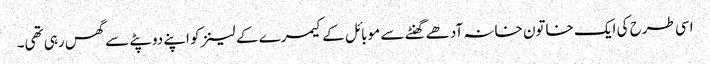
اسی طرح کی ایک خاتون خانہ آدھے گھنٹے سے موبائل کے کیمرے کے لینز کو اپنے دوپٹے سے گھس رہی تھی۔